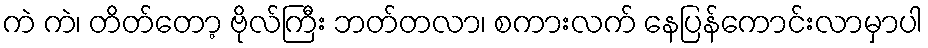
ကဲ ကဲ၊ တိတ်တော့ ဗိုလ်ကြီး ဘတ်တလာ၊ စကားလက် နေပြန်ကောင်းလာမှာပါ